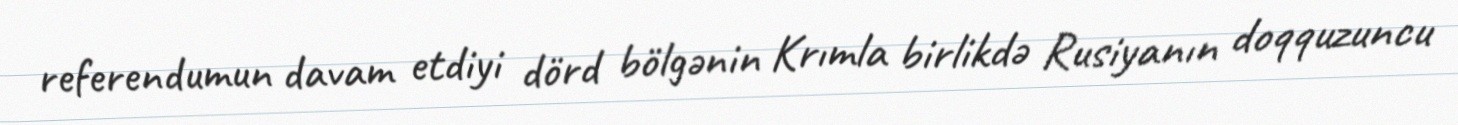
referendumun davam etdiyi dörd bölgənin Krımla birlikdə Rusiyanın doqquzuncu